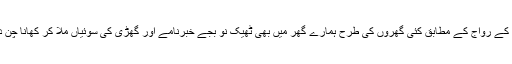
اس زمانے کے رواج کے مطابق کئی گھروں کی طرح ہمارے گھر میں بھی ٹھیک نو بجے خبرنامے اور گھڑی کی سوئیاں ملا کر کھانا چن دیا جاتا تھا۔